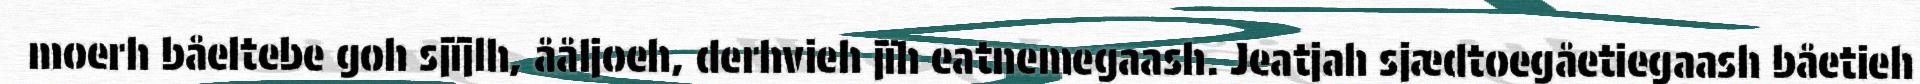
moerh båeltebe goh sjïjlh, ååljoeh, derhvieh jïh eatnemegaash. Jeatjah sjædtoegåetiegaash båetieh